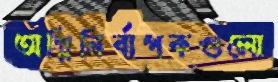
অগ্নিনির্বাপকগুলো